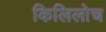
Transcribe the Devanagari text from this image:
किलिलोच